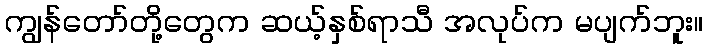
ကျွန်တော်တို့တွေက ဆယ့်နှစ်ရာသီ အလုပ်က မပျက်ဘူး။